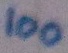
Text: 100